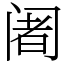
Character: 阇